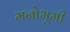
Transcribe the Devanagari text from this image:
मनोभूमी